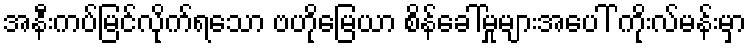
အနီးကပ်မြင်လိုက်ရသော ဗဟိုမြေယာ စိန်ခေါ်မှုများအပေါ် ကိုးလ်မန်းမှာ